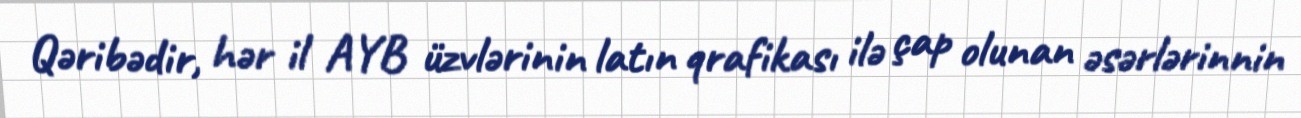
Qəribədir, hər il AYB üzvlərinin latın qrafikası ilə çap olunan əsərlərinnin